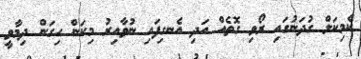
ކެމިކަލް ގުދަނުގައި ރޯވި ގޮތެއް އަދި އެނގިފައި ނުވާއިރު މިކަން ހިގަން ދިމާވީ